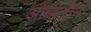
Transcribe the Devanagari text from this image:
ओव्हलीन